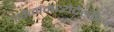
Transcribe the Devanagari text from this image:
खेळांमध्येदेखील